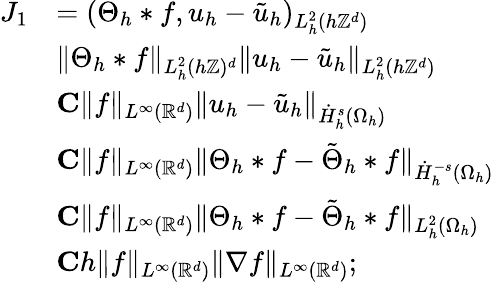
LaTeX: \begin{array}{rl}{J_{1}}&{=(\Theta_{h}*f,u_{h}-\tilde{u}_{h})_{L_{h}^{2}(h\mathbb{Z}^{d})}}\\ &{\le\| \Theta_{h}*f\| _{L_{h}^{2}(h\mathbb{Z})^{d}}\| u_{h}-\tilde{u}_{h}\| _{L_{h}^{2}(h\mathbb{Z}^{d})}}\\ &{\le C\| f\| _{L^{\infty}(\mathbb{R}^{d})}\| u_{h}-\tilde{u}_{h}\| _{\dot{H}_{h}^{s}(\Omega_{h})}}\\ &{\le C\| f\| _{L^{\infty}(\mathbb{R}^{d})}\| \Theta_{h}*f-\tilde{\Theta}_{h}*f\| _{\dot{H}_{h}^{-s}(\Omega_{h})}}\\ &{\le C\| f\| _{L^{\infty}(\mathbb{R}^{d})}\| \Theta_{h}*f-\tilde{\Theta}_{h}*f\| _{L_{h}^{2}(\Omega_{h})}}\\ &{\le Ch\| f\| _{L^{\infty}(\mathbb{R}^{d})}\| \nabla f\| _{L^{\infty}(\mathbb{R}^{d})};}\end{array}